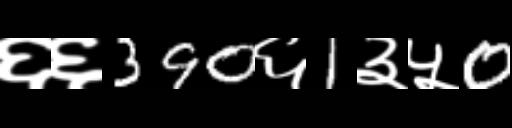
Text: ६६390६1३५0